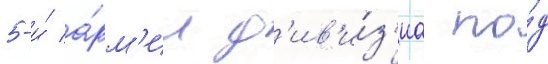
5-и́ а́рм'ии д'ив'и́з'иа по́д